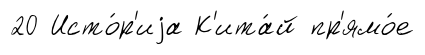
20 Исто́р'иjа К'ита́й пр'ямо́е